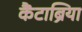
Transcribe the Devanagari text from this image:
कैंटाब्रिया